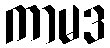
ကာမဒ